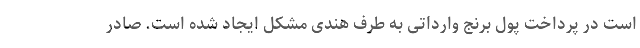
است در پرداخت پول برنج وارداتی به طرف هندی مشکل ایجاد شده است. صادر